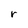
Character: r